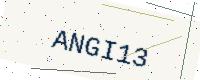
Text: ANGI13